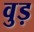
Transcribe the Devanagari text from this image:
वुड़